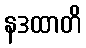
နဒထာတိ